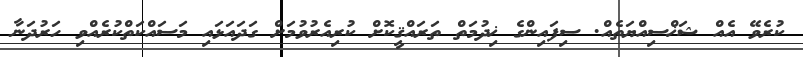
ކުރެވޭ އެއް ޝަޚްސިއްޔަތެއް. ސިފައިންގެ ޚިދުމަތް ތަރައްޤީކޮށް ކުރިއެރުވުމަށް ގަދައަޅައި މަސައްކަތްކުރެއްވި ހަރުދަނާ